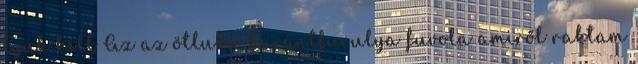
lyuk kell Az az ötlukú harántfurulya fuvola amiről raktam